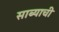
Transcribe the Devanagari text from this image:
साब्याची